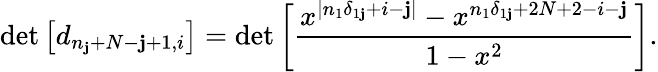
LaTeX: \operatorname*{det}\left[d_{n_{\mathbf{j}}+N-\mathbf{j}+1,i}\right]=\operatorname*{det}\left[\frac{{x^{|n_{1}\delta_{1\mathbf{j}}+i-\mathbf{j}|}-x^{n_{1}\delta_{1\mathbf{j}}+2N+2-i-\mathbf{j}}}}{{1-x^{2}}}\right].